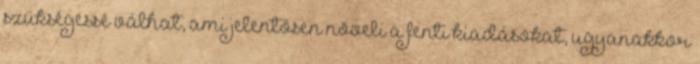
szükségessé válhat, ami jelentősen növeli a fenti kiadásokat, ugyanakkor